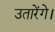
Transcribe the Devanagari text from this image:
उतारेंगे।